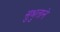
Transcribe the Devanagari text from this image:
सुश्रुताने